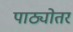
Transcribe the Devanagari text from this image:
पाठ्योतर